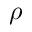
\rho